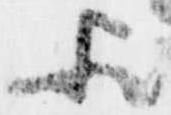
歟